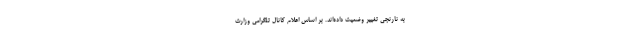
به نارنجی تغییر وضعیت داده‌اند. بر اساس اعلام کانال تلگرامی وزارت